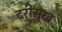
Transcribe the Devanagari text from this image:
दरीमुख